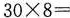
$$3 0\times 8 =$$